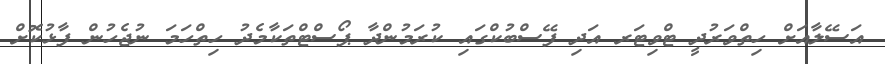
އަސޭލާއަށް ހިތްވަރުދީ ޓްވިޓަރ އަދި ފޭސްބުކްގައި ކުރަމުންދާ ޕޯސްޓްތަކާމެދު ހިތްހަމަ ނުޖެހުން ފާޅުކޮށް